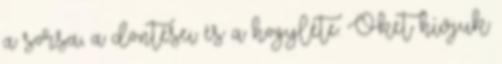
a sorsa, a döntései és a hogyléte. Őket hívjuk